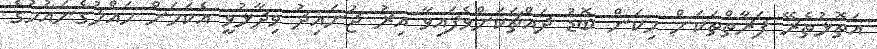
އަތޮޅުތެރޭ ފަރާތްތަކަށް މިކަން ބޮޑު ދައްޗަކަށްވެފައިވާ އިރު ޖުނައިދު ވިދާޅުވީ އެކަމަށް ހައްލުގެނައުމުގެ